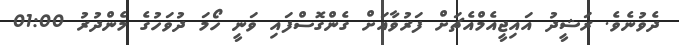
ދެވުނެވެ. ރަޝީދު އައިޖީއެމްއެޗަށް ފަރުވާއަށް ގެންގޮސްފައި ވަނީ ހޯމަ ދުވަހުގެ މެންދުރު 01:00